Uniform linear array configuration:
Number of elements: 4
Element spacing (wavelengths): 0.75
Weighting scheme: uniform
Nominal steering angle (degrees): -60
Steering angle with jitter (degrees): -58.466
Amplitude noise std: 0.05
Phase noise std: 0.05

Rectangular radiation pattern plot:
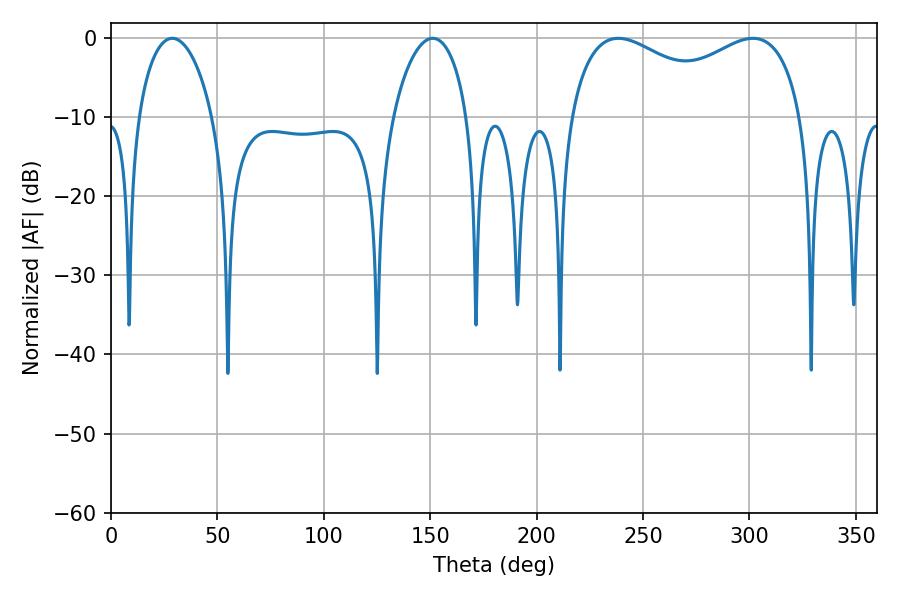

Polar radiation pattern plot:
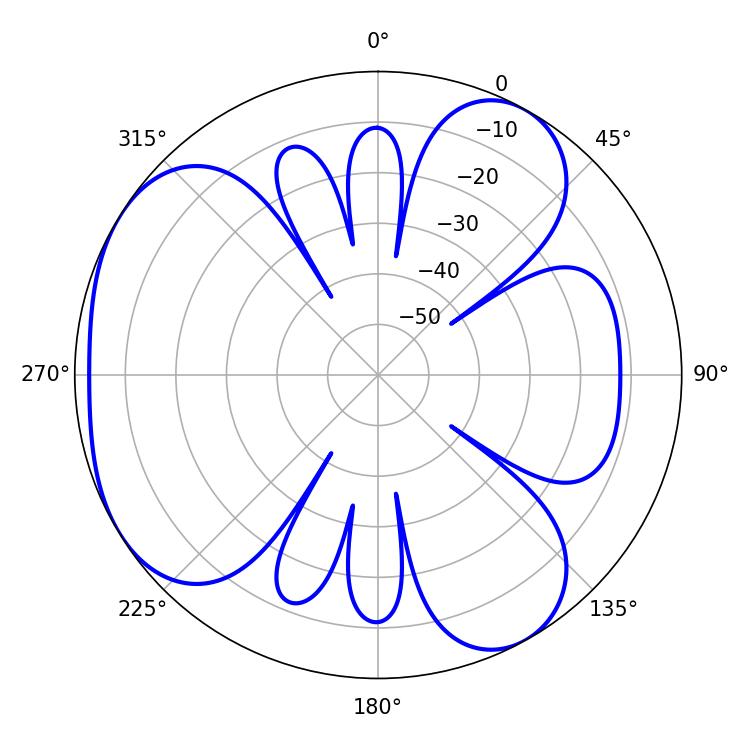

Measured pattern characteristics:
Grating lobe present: TRUE
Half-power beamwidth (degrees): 19.98
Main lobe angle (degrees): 28.8